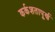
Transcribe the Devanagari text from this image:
कर्कशतापूर्ण